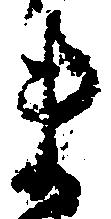
ま